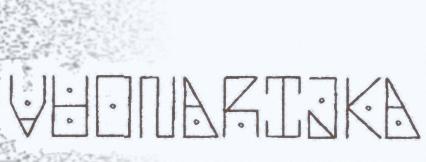
VUONARIJKA